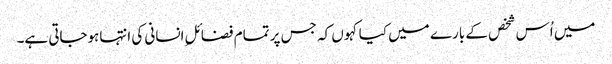
میں اُس شخص کے بارے میں کیا کہوں کہ جس پر تمام فضائلِ انسانی کی انتہاہوجاتی ہے۔